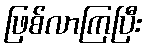
ဖြစ်လာကြပြီး